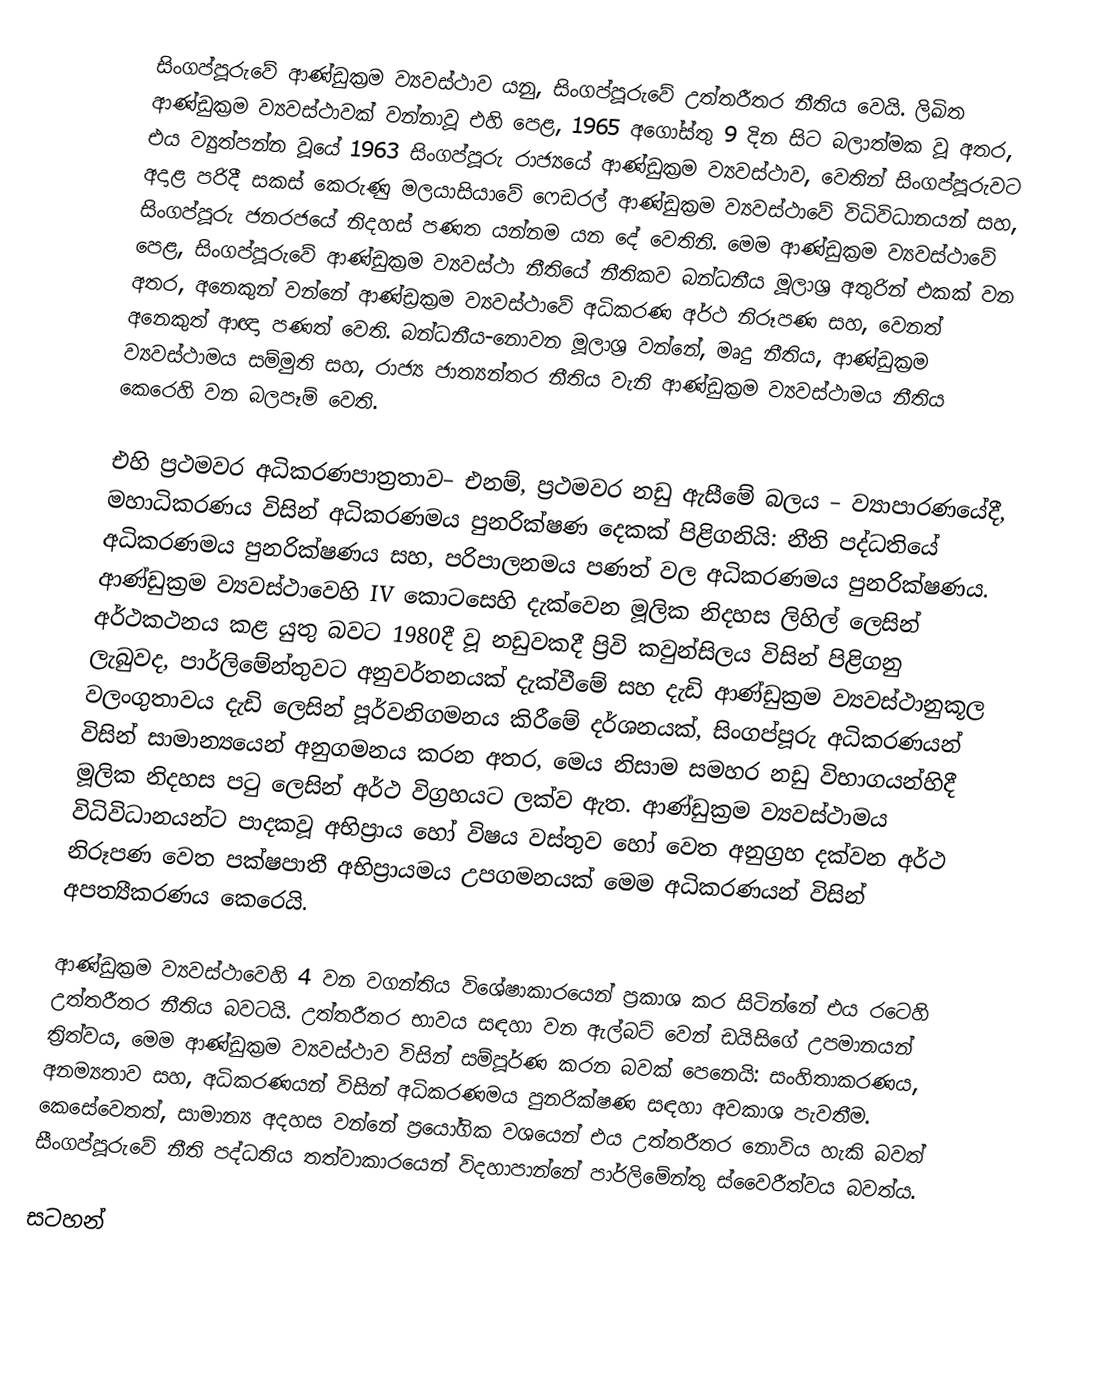
සිංගප්පූරුවේ ආණ්ඩුක්‍රම ව්‍යවස්ථාව යනු,  සිංගප්පූරුවේ උත්තරීතර නීතිය වෙයි. ලිඛිත ආණ්ඩුක්‍රම ව්‍යවස්ථාවක් වන්නාවූ එහි පෙළ, 1965 අගෝස්තු 9 දින සිට බලාත්මක වූ අතර, එය ව්‍යුත්පන්න වූයේ 1963 සිංගප්පූරු රාජ්‍යයේ ආණ්ඩුක්‍රම ව්‍යවස්ථාව,  වෙතින් සිංගප්පූරුවට අදාළ පරිදී සකස් කෙරුණු මලයාසියාවේ ෆෙඩරල් ආණ්ඩුක්‍රම ව්‍යවස්ථාවේ විධිවිධානයන් සහ, සිංගප්පූරු ජනරජයේ නිදහස් පණත යන්නම  යන දේ වෙතිනි. මෙම ආණ්ඩුක්‍රම ව්‍යවස්ථාවේ පෙළ, සිංගප්පූරුවේ  ආණ්ඩුක්‍රම ව්‍යවස්ථා නීතියේ නීතිකව බන්ධනීය මූලාශ්‍ර අතුරින් එකක් වන අතර, අනෙකුන් වන්නේ  ආණ්ඩ්‍රක්‍රම ව්‍යවස්ථාවේ අධිකරණ අර්ථ නිරූපණ සහ, වෙනත් අනෙකුත් ආඥා පණත්  වෙති. බන්ධනීය-නොවන මූලාශ්‍ර වන්නේ,  මෘදු නීතිය, ආණ්ඩුක්‍රම ව්‍යවස්ථාමය සම්මුති සහ, රාජ්‍ය ජාත්‍යන්තර නීතිය වැනි ආණ්ඩුක්‍රම ව්‍යවස්ථාමය නීතිය කෙරෙහි වන බලපෑම් වෙති.

එහි  ප්‍රථමවර අධිකරණපාත්‍රතාව– එනම්, ප්‍රථමවර නඩු ඇසීමේ බලය – ව්‍යාපාරණයේදී,  මහාධිකරණය විසින්  අධිකරණමය පුනරික්ෂණ දෙකක් පිළිගනියි: නීති පද්ධතියේ අධිකරණමය පුනරික්ෂණය සහ,  පරිපාලනමය පණත් වල අධිකරණමය පුනරික්ෂණය. ආණ්ඩුක්‍රම ව්‍යවස්ථාවෙහි IV කොටසෙහි දැක්වෙන මූලික නිදහස ලිහිල් ලෙසින් අර්ථකථනය කළ යුතු බවට 1980දී වූ නඩුවකදී ප්‍රිවි කවුන්සිලය විසින් පිළිගනු ලැබුවද, පාර්ලිමේන්තුවට අනුවර්තනයක් දැක්වීමේ සහ  දැඩි  ආණ්ඩුක්‍රම ව්‍යවස්ථානුකූල වලංගුතාවය දැඩි ලෙසින් පූර්වනිගමනය කිරීමේ දර්ශනයක්, සිංගප්පූරු අධිකරණයන් විසින් සාමාන්‍යයෙන් අනුගමනය කරන අතර, මෙය නිසාම සමහර නඩු විභාගයන්හිදී මූලික නිදහස පටු ලෙසින් අර්ථ විග්‍රහයට ලක්ව ඇත.  ආණ්ඩුක්‍රම ව්‍යවස්ථාමය විධිවිධානයන්ට පාදකවූ අභිප්‍රාය හෝ විෂය වස්තුව හෝ වෙත අනුග්‍රහ දක්වන අර්ථ නිරූපණ වෙත පක්ෂපාතී අභිප්‍රායමය උපගමනයක් මෙම අධිකරණයන් විසින් අපත්‍යීකරණය කෙරෙයි.

ආණ්ඩුක්‍රම ව්‍යවස්ථාවෙහි 4 වන වගන්තිය විශේෂාකාරයෙන් ප්‍රකාශ කර සිටින්නේ එය රටෙහි උත්තරීතර නීතිය බවටයි. උත්තරීතර භාවය සඳහා වන ඇල්බට් වෙන් ඩයිසිගේ උපමානයන් ත්‍රිත්වය, මෙම ආණ්ඩුක්‍රම ව්‍යවස්ථාව විසින් සම්පූර්ණ කරන බවක් පෙනෙයි: සංහිතාකරණය, අනම්‍යතාව සහ, අධිකරණයන් විසින් අධිකරණමය පුනරික්ෂණ සඳහා අවකාශ පැවතීම. කෙසේවෙතත්, සාමාන්‍ය අදහස වන්නේ ප්‍රයෝගික වශයෙන් එය උත්තරීතර නොවිය හැකි බවත්  සීංගප්පූරුවේ නීති පද්ධතිය තත්වාකාරයෙන් විදහාපාන්නේ  පාර්ලිමේන්තු ස්වෛරීත්වය බවත්ය.

සටහන්